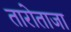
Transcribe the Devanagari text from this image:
तारोताजा